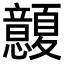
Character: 𢥭